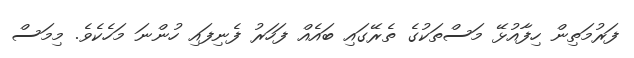
ފަރުމަތިން ހިފާއުޅޭ މަސްތަކުގެ ތެރޭގައި ބައެއް ފަހަރު ފެނިފައި ހުންނަ މަހެކެވެ. މިމަސް